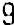
9